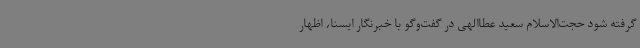
گرفته شود حجت‌الاسلام سعید عطاالهی در گفت‌وگو با خبرنگار ایسنا، اظهار